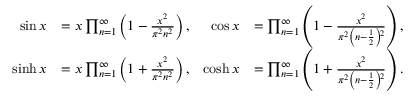
{ \begin{array} { r l r l } { \sin x } & { = x \prod _ { n = 1 } ^ { \infty } \left( 1 - { \frac { x ^ { 2 } } { \pi ^ { 2 } n ^ { 2 } } } \right) , } & { \cos x } & { = \prod _ { n = 1 } ^ { \infty } \left( 1 - { \frac { x ^ { 2 } } { \pi ^ { 2 } \left( n - { \frac { 1 } { 2 } } \right) \! { \vphantom { ) } } ^ { 2 } } } \right) , } \\ { \sinh x } & { = x \prod _ { n = 1 } ^ { \infty } \left( 1 + { \frac { x ^ { 2 } } { \pi ^ { 2 } n ^ { 2 } } } \right) , } & { \cosh x } & { = \prod _ { n = 1 } ^ { \infty } \left( 1 + { \frac { x ^ { 2 } } { \pi ^ { 2 } \left( n - { \frac { 1 } { 2 } } \right) \! { \vphantom { ) } } ^ { 2 } } } \right) . } \end{array} }